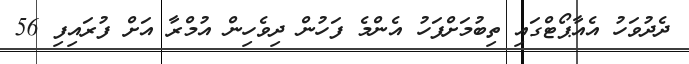
ދެދުވަހު އެއާޕޯޓްގައި ތިބުމަށްފަހު އެންމެ ފަހުން ދިވެހިން އުމްރާ އަށް ފުރައިފި 56